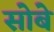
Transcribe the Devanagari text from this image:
सोबे